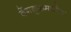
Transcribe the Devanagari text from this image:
बेंगळुरूमधील